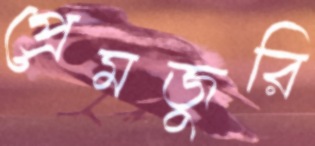
প্রেমজুরি